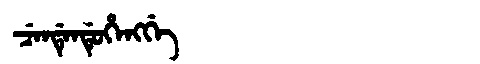
Manchu: ᠴᡝᠨᡩᡝᠨᡩᡠᡥᡝᠩᡤᡝ
Romanization: CENDENDUHENGGE